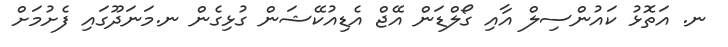
ނ. އަތޮޅު ކައުންސިލް އާއި ގޯލްޑަން އޭޖް އެޑިއުކޭޝަން ގުޅިގެން ނ.މަނަދޫގައި ފެށުމަށް